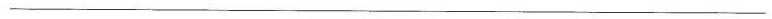
___